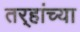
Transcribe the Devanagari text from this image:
तर्‍हांच्या